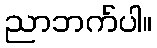
ညာဘက်ပါ။